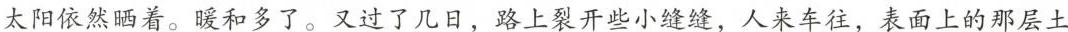
太阳依然晒着。暖和多了。又过了几日，路上裂开些小缝缝，人来车往，表面上的那层土